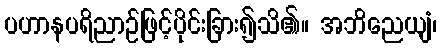
ပဟာနပရိညာဉ်ဖြင့်ပိုင်းခြား၍သိ၏။ အဘိညေယျံ၊